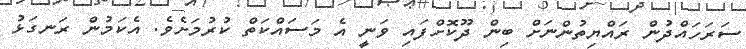
ސަރަހައްދުން ރައްޔިތުންނަށް ބިން ދޫކޮށްފައި ވަނީ އެ މަސައްކަތް ކުރުމަށެވެ. އެކަމުން ރަނގަޅު